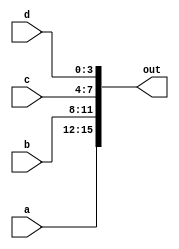
module concatenation_example(input [3:0] a, b, c, d,
                             output [15:0] out);

assign out = {a, b, c, d};

endmodule